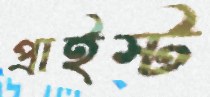
প্রাইস্ট